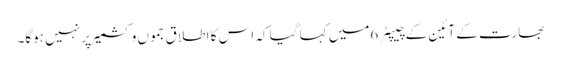
بھارت کے آئین کے چیپٹر 6میں کہا گیا کہ اس کا اطلاق جموں وکشمیر پر نہیں ہوگا۔